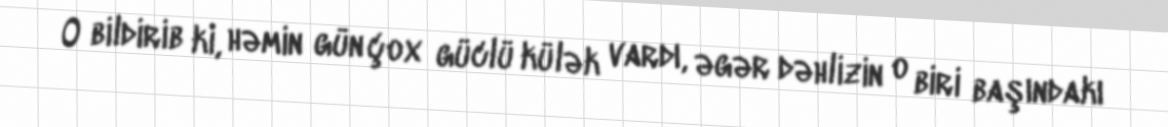
O bildirib ki, həmin gün çox güclü külək vardı, əgər dəhlizin o biri başındakı